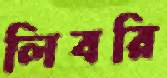
লিবরি